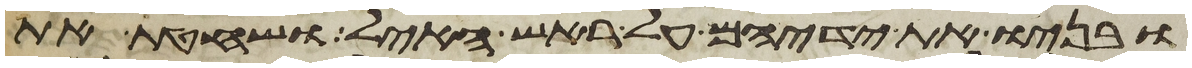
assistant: ובניו את ידיהם על ראש האיל ושחטת את